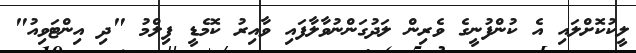
ލީކުކޮށްލައި އެ ކުންފުނީގެ ވެރިން ލަދުގަންނުވާލާފައި ވާއިރު ކޮމެޑީ ފިލްމު "ދި އިންޓަވިއު"